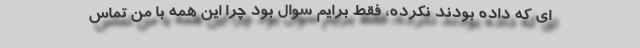
ای که داده بودند نکرده، فقط برایم سوال بود چرا این همه با من تماس